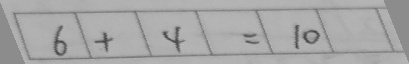
6 + 4 = 1 0